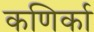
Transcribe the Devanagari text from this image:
कणिर्का